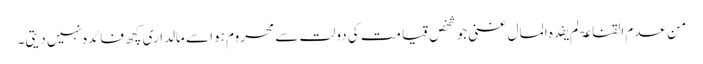
من عدم القناعۃ لم یفدہ المال غنی جو شخص قیامت کی دولت سے محروم ہوا سے مالداری کچھ فائدہ نہیں دیتی۔